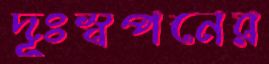
দূঃস্বপনের